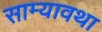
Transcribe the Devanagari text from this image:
साम्यावथा